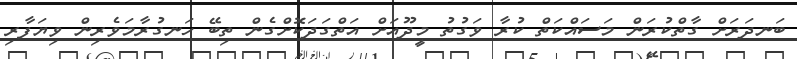
ބަނދަރަށް ގާތްކުރަން މަސައްކަތް ކުރާ ވަގުތު މީދޫއަށް އަތްގަދަކޮށްގެން ތިބޭ ހަނގުރާމަވެރިން ވިޔަފާރި